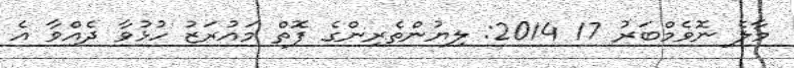
މާލެ ނޮވެމްބަރު 17 2014: ލިޔުންތެރިންގެ ފޮތް މައުރަޒު ހުޅުވާ ދެއްވާ އެ